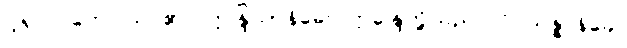
ငါ့ရှင်။ တေ၊ သင်၏။ ဣန္ဒြိယာနိခေါ၊ ဣန္ဒြေတို့သည်။ ဝိပ္ပသန္နာနိခေါ၊